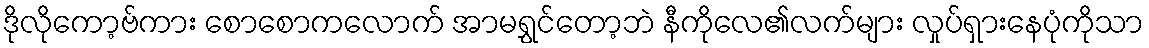
ဒိုလိုကော့ဗ်ကား စောစောကလောက် အာမရွှင်တော့ဘဲ နီကိုလေ၏လက်များ လှုပ်ရှားနေပုံကိုသာ